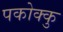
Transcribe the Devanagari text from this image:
पकोक्कु